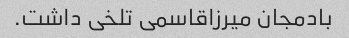
بادمجان میرزاقاسمی تلخی داشت.